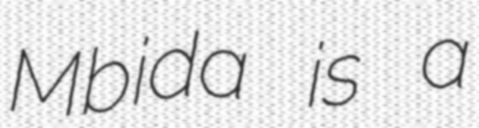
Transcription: Mbida is a